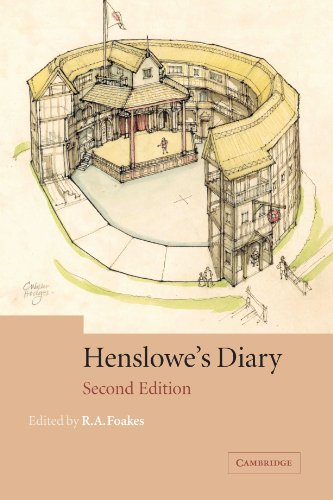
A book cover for Henslowe's Diary; Philip Henslowe; Literature & Fiction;